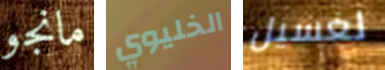
مانجو الخليوي لغسيل